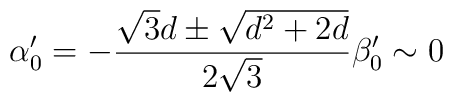
\alpha_0' = - { \sqrt{3} d \pm \sqrt{d^2 +2 d}\over 2 \sqrt{3} } \beta_0' \sim 0